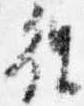
往